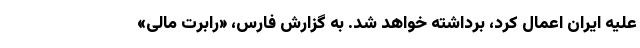
علیه ایران اعمال کرد،‌ برداشته خواهد شد. به گزارش فارس، «رابرت مالی»